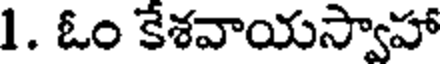
1. ఓం కేశవాయస్వాహా